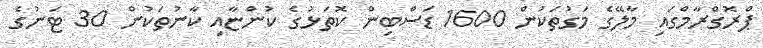
ޕްރޮގްރާމްގައި މާލޭގެ މަގުތަކުން 1600 ޑަސްބިން ކޮތަޅުގެ ކުންޏާއި ކާނުތަކުން 30 ޓަނުގެ